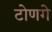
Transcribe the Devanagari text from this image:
टोणगे